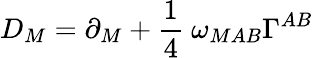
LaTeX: D_{M}=\partial_{M}+{\frac{1}{4}}~\omega_{MAB}\Gamma^{AB}